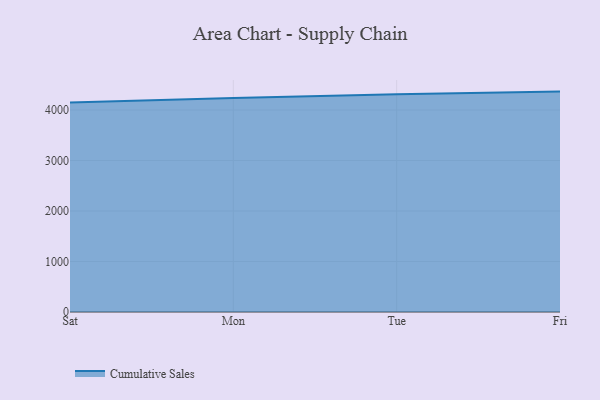
{"axis": {"x": "Day", "y": "Budget (USD K)"}, "legend": ["Cumulative Sales"], "data": [{"x": "Sat", "y": 4148.7, "type": "Cumulative Sales"}, {"x": "Mon", "y": 4240.8, "type": "Cumulative Sales"}, {"x": "Tue", "y": 4313.6, "type": "Cumulative Sales"}, {"x": "Fri", "y": 4365.2, "type": "Cumulative Sales"}]}